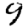
Digit: 9